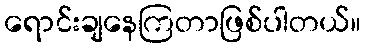
ရောင်းချနေကြတာဖြစ်ပါတယ်။